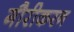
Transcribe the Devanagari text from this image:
गौरीकरन